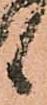
候